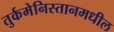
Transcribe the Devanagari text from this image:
तुर्कमेनिस्तानमधील